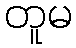
တူမ